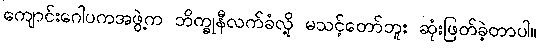
ကျောင်းဂေါပကအဖွဲ့က ဘိက္ခုနီလက်ခံလို့ မသင့်တော်ဘူး ဆုံးဖြတ်ခဲ့တာပါ။